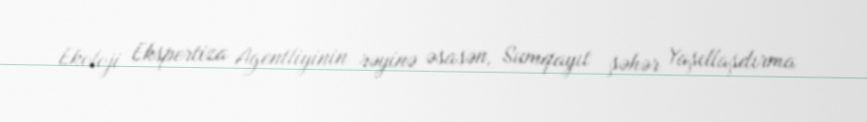
Ekoloji Ekspertiza Agentliyinin rəyinə əsasən, Sumqayıt şəhər Yaşıllaşdırma